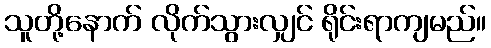
သူတို့နောက် လိုက်သွားလျှင် ရိုင်းရာကျမည်။